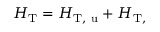
\begin{array} { r } { H _ { \mathrm { T } } = H _ { \mathrm { T , \ u } } + H _ { \mathrm { T , \d } } } \end{array}